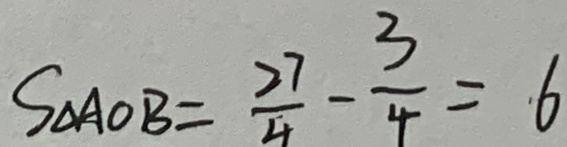
S _ { \Delta A O B } = \frac { 2 7 } { 4 } - \frac { 3 } { 4 } = 6